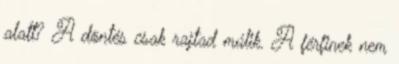
alatt? A döntés csak rajtad múlik. A férfinek nem